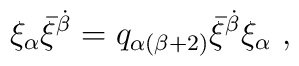
\xi_\alpha\bar\xi^{\dot\beta}=q_{\alpha (\beta +2)}\bar\xi^{\dot\beta}\xi_\alpha\ ,